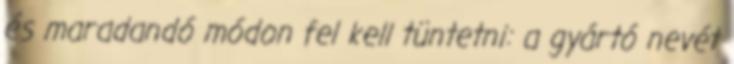
és maradandó módon fel kell tüntetni: a gyártó nevét